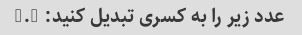
عدد زیر را به کسری تبدیل کنید: 9.5